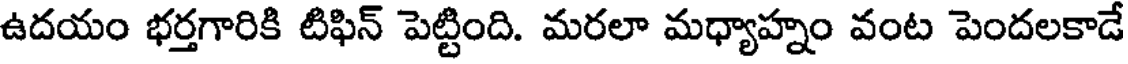
ఉదయం భర్తగారికి టిఫిన్ పెట్టింది. మరలా మధ్యాహ్నం వంట పెందలకాడే